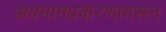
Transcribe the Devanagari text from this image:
अवमानप्रकरणावरून